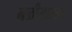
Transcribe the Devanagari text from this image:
नळीसारखा